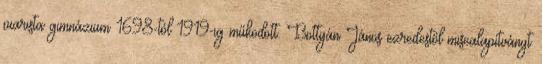
piarista gimnázium 1698-tól 1919-ig működött. Bottyán János ezredestől misealapítványt